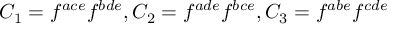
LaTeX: C _ { 1 } = f ^ { a c e } f ^ { b d e } , C _ { 2 } = f ^ { a d e } f ^ { b c e } , C _ { 3 } = f ^ { a b e } f ^ { c d e }